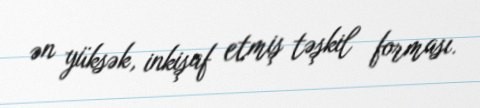
ən yüksək, inkişaf etmiş təşkil forması.